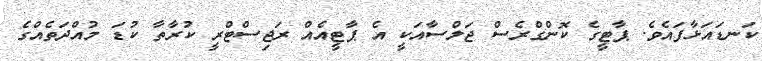
ކަނޑައަޅާފައެވެ. ޕާޓީގެ ކޮންގްރެސް ޖަލްސާއަކީ އެ ޕާޓީއެއް ރަޖިސްޓްރީ ކުރާތާ ކުޑަ މުއްދަތެއްގެ